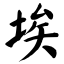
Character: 埃